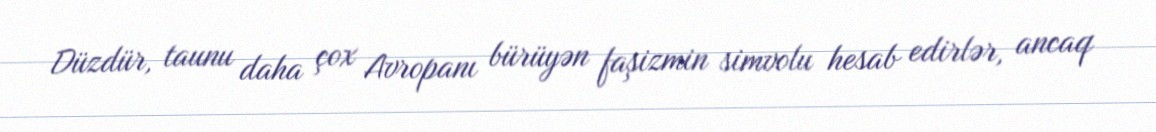
Düzdür, taunu daha çox Avropanı bürüyən faşizmin simvolu hesab edirlər, ancaq